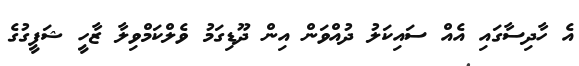
އެ ހާދިސާގައި އެއް ސައިކަލު ދުއްވަން އިން ދޫޑިގަމު ވެލްކަމްވިލާ ޒާހީ ޝަފީގުގެ